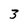
Character: 3